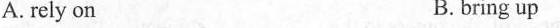
A. rely on B.bring up